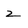
Character: 2